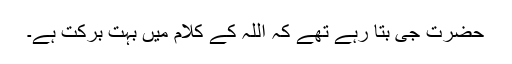
حضرت جی بتا رہے تھے کہ اللہ کے کلام میں بہت برکت ہے۔